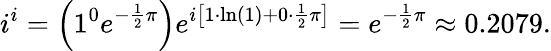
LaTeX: i^{i}=\left(1^{0}e^{-{\frac{1}{2}}\pi}\right)e^{i\left[1\cdot\ln(1)+0\cdot{\frac{1}{2}}\pi\right]}=e^{-{\frac{1}{2}}\pi}\approx 0.2079.